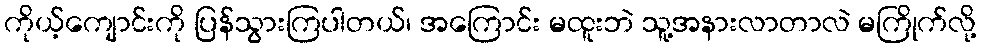
ကိုယ့်ကျောင်းကို ပြန်သွားကြပါတယ်၊ အကြောင်း မထူးဘဲ သူ့အနားလာတာလဲ မကြိုက်လို့